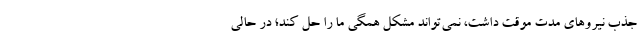
جذب نیروهای مدت موقت داشت، نمی‌تواند مشکل همگی ما را حل کند؛ در حالی